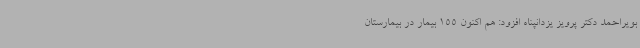
بویراحمد دکتر پرویز یزدانپناه افزود: هم اکنون 155 بیمار در بیمارستان